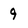
Character: 9